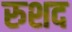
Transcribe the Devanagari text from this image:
रुशद